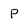
Character: P